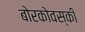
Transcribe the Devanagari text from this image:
बोरकोवस्की